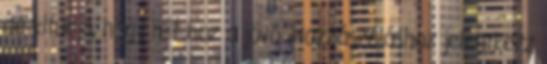
de kitudja, hogy mit hoz a jövő. Hozzászóláshoz jelentkezz